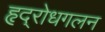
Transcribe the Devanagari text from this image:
हृद्‌रोधगलन